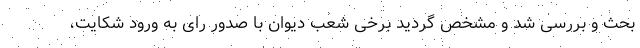
بحث و بررسی شد و مشخص گردید برخی شعب دیوان با صدور رای به ورود شکایت،